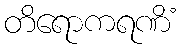
တိရောကရဏိံ